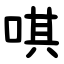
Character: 唭